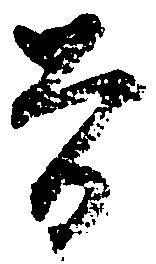
曽